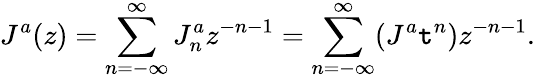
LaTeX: J^{a}(z)=\sum_{n=-\infty}^{\infty}J_{n}^{a}z^{-n-1}=\sum_{n=-\infty}^{\infty}(J^{a}\mathtt{t}^{n})z^{-n-1}.